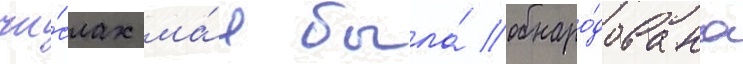
чи́слах ма́я была́ обнаро́дована